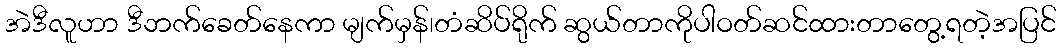
အဲဒီလူဟာ ဒီဘက်ခေတ်နေကာ မျက်မှန်၊တံဆိပ်ရိုက် ဆွယ်တာကိုပါဝတ်ဆင်ထားတာတွေ့ရတဲ့အပြင်